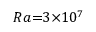
R a { = } 3 { \times } 1 0 ^ { 7 }